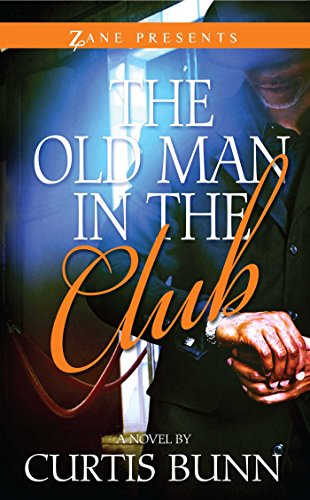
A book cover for The Old Man in the Club (Zane Presents); Curtis Bunn; Romance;